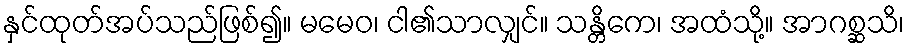
နှင်ထုတ်အပ်သည်ဖြစ်၍။ မမေဝ၊ ငါ၏သာလျှင်။ သန္တိကေ၊ အထံသို့။ အာဂစ္ဆသိ၊